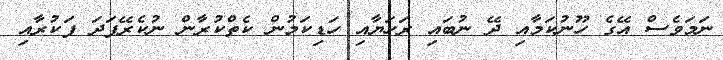
ނަމަވެސް އޭގެ ހޫނުކަމާއި ދޭ ނުބައި ރަހަޔާއި ހަޑިކަމުން ކެތްކުރާން ނުކެރޭފަދަ ފަކުރާއި